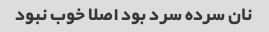
نان سرده سرد بود اصلا خوب نبود